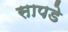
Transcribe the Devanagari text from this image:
सापडे